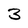
Character: 3